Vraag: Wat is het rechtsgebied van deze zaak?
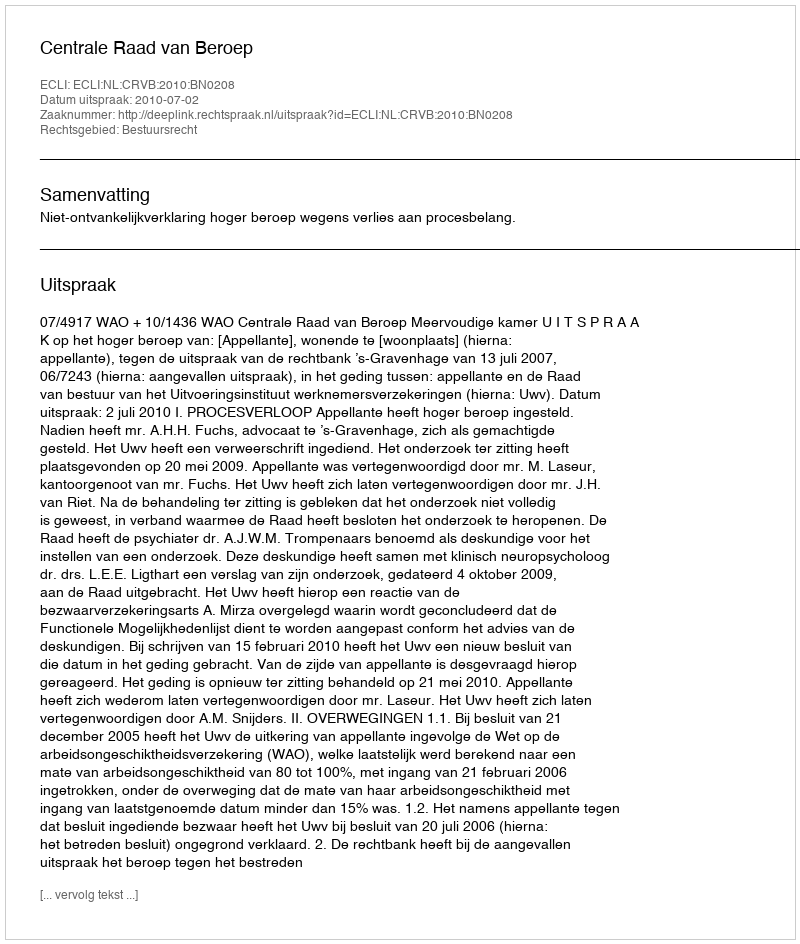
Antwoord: Bestuursrecht